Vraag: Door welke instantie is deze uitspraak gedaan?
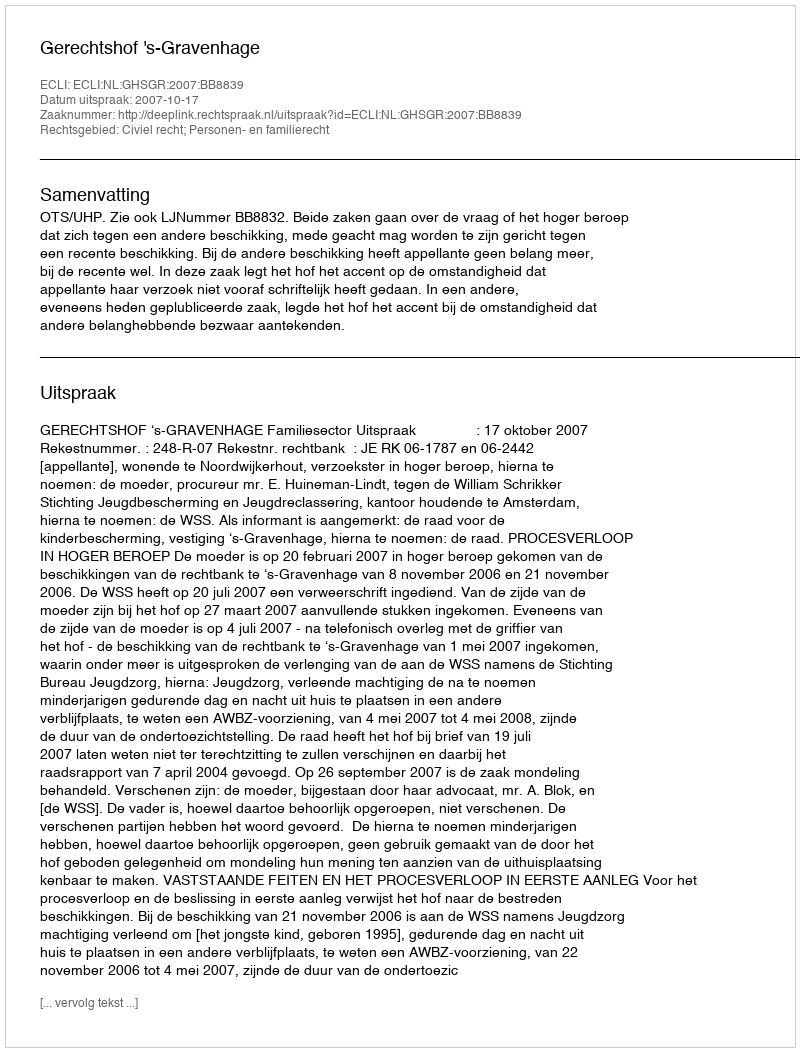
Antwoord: Gerechtshof 's-Gravenhage